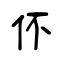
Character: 伓